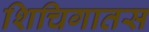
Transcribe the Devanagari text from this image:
शिचिगातस